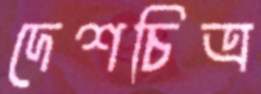
দেশচিত্র